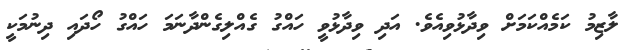
ލާޒިމު ކަމެއްކަމަށް ވިދާޅުވިއެވެ. އަދި ވިދާޅުވީ ހައްގު ގެއްލިގެންދާނަމަ ހައްގު ހޯދައި ދިނުމަކީ